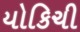
યોકિચી